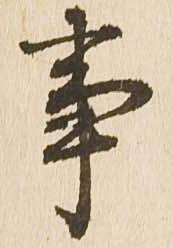
事